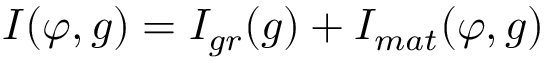
I ( \varphi , g ) = I _ { g r } ( g ) + I _ { m a t } ( \varphi , g )